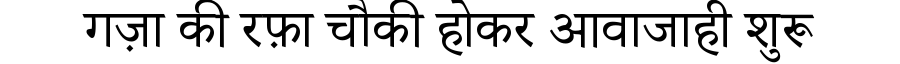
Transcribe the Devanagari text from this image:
गज़ा की रफ़ा चौकी होकर आवाजाही शुरू